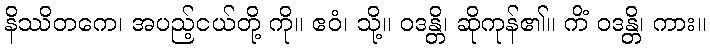
နိဿိတကေ၊ အပည့်ငယ်တို့ ကို။ ဧဝံ၊ သို့။ ဝဒန္တိ၊ ဆိုကုန်၏။ ကိံ ဝဒန္တိ၊ ကား။